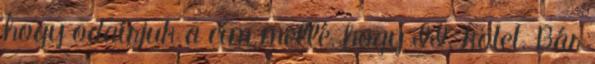
hogy odaírjuk a cím mellé, hogy II. kötet. Bár